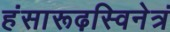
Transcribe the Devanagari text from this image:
हंसारूढ़स्विनेत्रं